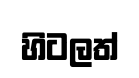
හිටලත්